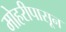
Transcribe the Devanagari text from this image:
मोहरीपासून